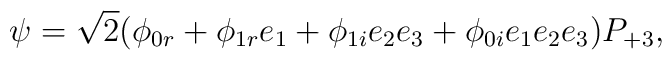
\psi =\sqrt{2}(\phi _{0r}+\phi _{1r}e_{1}+\phi _{1i}e_{2}e_{3}+\phi_{0i}e_{1}e_{2}e_{3})P_{+3},